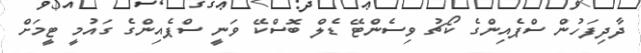
ދާދިފަހުން ސްޕެއިންގެ ކޯޗު ވިސެންޓޭ ޑެލް ބޮސްކޭ ވަނީ ސްޕެއިންގެ ގައުމީ ޓީމަށް